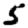
Digit: 5